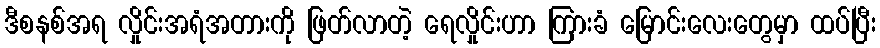
ဒီစနစ်အရ လှိုင်းအရံအတားကို ဖြတ်လာတဲ့ ရေလှိုင်းဟာ ကြားခံ မြောင်းလေးတွေမှာ ထပ်ပြီး